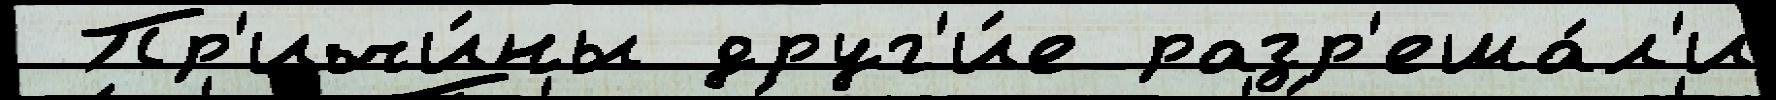
 Пр'ичи́ны друг'и́е разр'еша́л'и